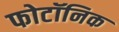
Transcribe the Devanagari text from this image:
फोटॉनिक